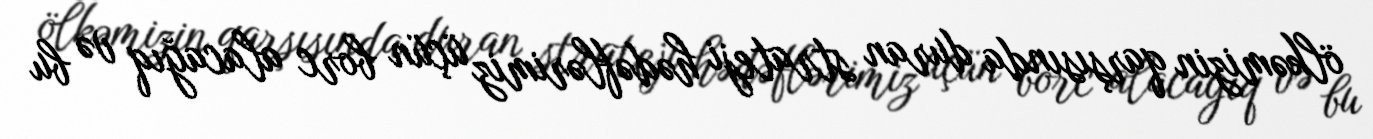
ölkəmizin qarşısında duran strateji hədəflərimiz üçün borc alacağıq və bu